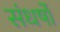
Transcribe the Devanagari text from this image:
संधर्षों